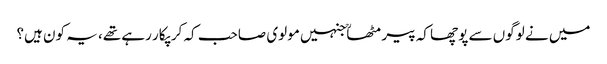
میں نے لوگوں سے پوچھا کہ پیر مٹھاؒ جنہیں مولوی صاحب کہ کر پکار رہے تھے، یہ کون ہیں؟